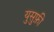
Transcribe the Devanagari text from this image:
युसुफ़ी